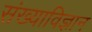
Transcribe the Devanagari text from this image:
संख्याविज्ञान